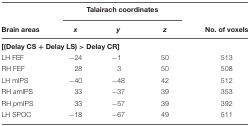
|  | <COLSPAN=3> Talairach coordinates |  |
 | Brain areas | x | y | z | No. of voxels |
 | --- | --- | --- | --- | --- |
 | <COLSPAN=4> [(Delay CS + Delay LS) > Delay CR] |
 | LH FEF | -24 | -1 | 50 | 513 |
 | RH FEF | 28 | 3 | 50 | 508 |
 | LH mIPS | -40 | -48 | 42 | 512 |
 | RH amIPS | 33 | -37 | 39 | 353 |
 | RH pmIPS | 33 | -57 | 39 | 392 |
 | LH SPOC | -18 | -67 | 49 | 511 |